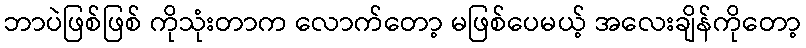
ဘာပဲဖြစ်ဖြစ် ကိုသုံးတာက လောက်တော့ မဖြစ်ပေမယ့် အလေးချိန်ကိုတော့